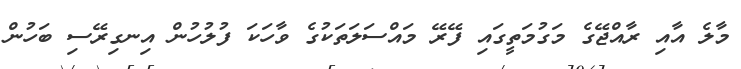
މާލެ އާއި ރާއްޖޭގެ މަގުމަތީގައި ފޭރޭ މައްސަލަތަކުގެ ވާހަކަ ފުލުހުން އިނގިރޭސި ބަހުން